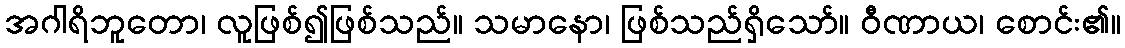
အဂါရိဘူတော၊ လူဖြစ်၍ဖြစ်သည်။ သမာနော၊ ဖြစ်သည်ရှိသော်။ ဝီဏာယ၊ စောင်း၏။